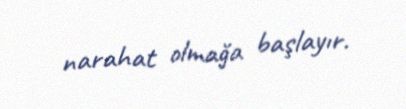
narahat olmağa başlayır.